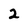
Character: 2